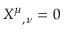
{ X ^ { \mu } } _ { , \nu } = 0